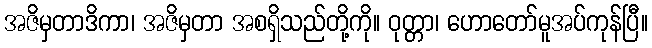
အဇိမှတာဒိကာ၊ အဇိမှတာ အစရှိသည်တို့ကို။ ဝုတ္တာ၊ ဟောတော်မူအပ်ကုန်ပြီ။